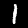
Digit: 1